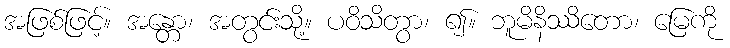
အဖြစ်ဖြင့်။ အန္တော၊ အတွင်းသို့။ ပဝိသိတွာ၊ ၍။ ဘူမိနိဿိတော၊ မြေကို